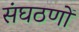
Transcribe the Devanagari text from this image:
संघठणों